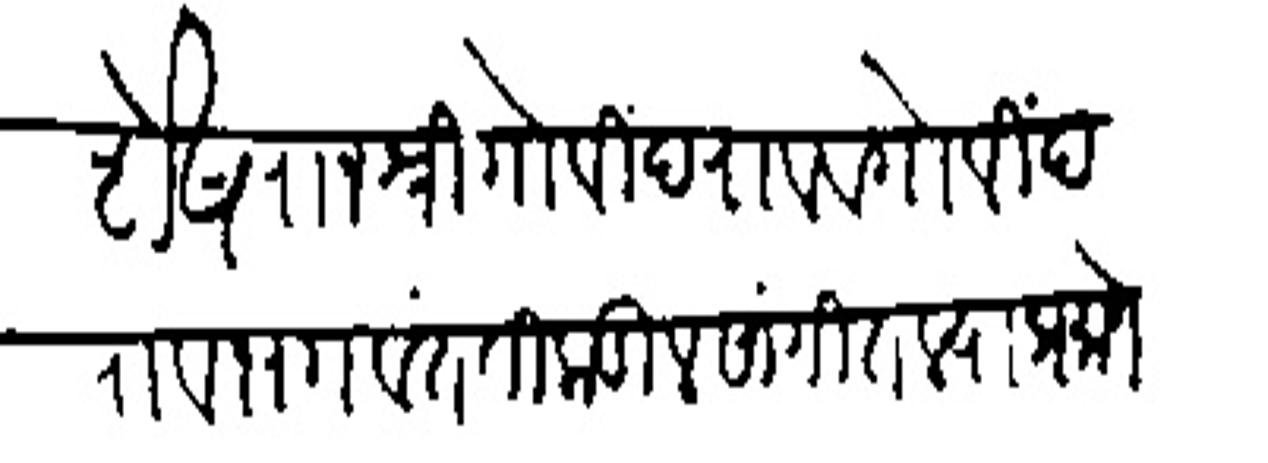
Transliteration (Devanagari): शेष राजश्री गोविंदराव व गोविंदराव भागवंत तिकडील सांगितल्याप्रमाणे